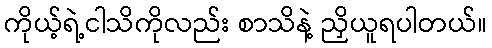
ကိုယ့်ရဲ့ငါသိကိုလည်း စာသိနဲ့ ညှိယူရပါတယ်။